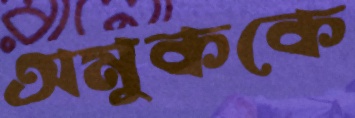
অমুককে